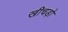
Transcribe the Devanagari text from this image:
खीचड़ो